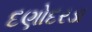
દણોદરડા